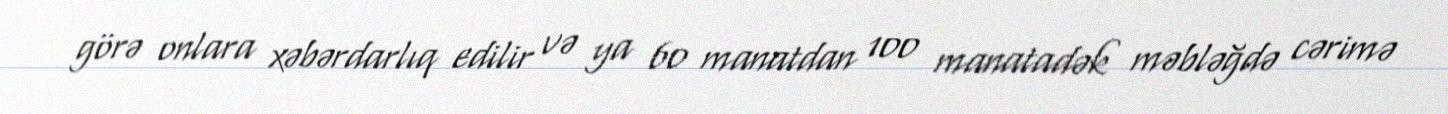
görə onlara xəbərdarlıq edilir və ya 60 manatdan 100 manatadək məbləğdə cərimə